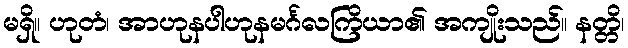
မရှိ။ ဟုတံ၊ အာဟုနပါဟုနမင်္ဂလကြိယာ၏ အကျိုးသည်။ နတ္တိ၊